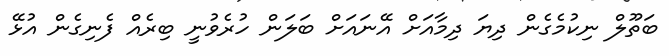
ބަތޫލް ނިކުމެގެން ދިޔަ ދިމާއަށް އޭނައަށް ބަލަން ހުރެވުނީ ބިރެއް ފެނިގެން އުޅޭ